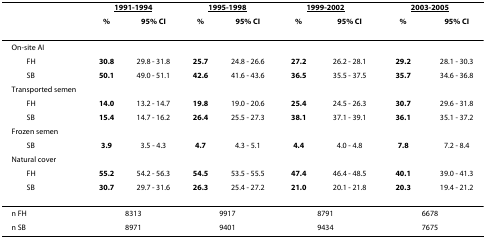
<table><thead><tr><td></td><td colspan="2"><b><underline>1991-1994</underline></b></td><td colspan="2"><b><underline>1995-1998</underline></b></td><td colspan="2"><b><underline>1999-2002</underline></b></td><td colspan="2"><b><underline>2003-2005</underline></b></td></tr><tr><td></td><td><b>%</b></td><td><b>95% CI</b></td><td><b>%</b></td><td><b>95% CI</b></td><td><b>%</b></td><td><b>95% CI</b></td><td><b>%</b></td><td><b>95% CI</b></td></tr></thead><tbody><tr><td>On-site AI</td><td></td><td></td><td></td><td></td><td></td><td></td><td></td><td></td></tr><tr><td> FH</td><td><b>30.8</b></td><td>29.8 - 31.8</td><td><b>25.7</b></td><td>24.8 - 26.6</td><td><b>27.2</b></td><td>26.2 - 28.1</td><td><b>29.2</b></td><td>28.1 - 30.3</td></tr><tr><td> SB</td><td><b>50.1</b></td><td>49.0 - 51.1</td><td><b>42.6</b></td><td>41.6 - 43.6</td><td><b>36.5</b></td><td>35.5 - 37.5</td><td><b>35.7</b></td><td>34.6 - 36.8</td></tr><tr><td>Transported semen</td><td></td><td></td><td></td><td></td><td></td><td></td><td></td><td></td></tr><tr><td> FH</td><td><b>14.0</b></td><td>13.2 - 14.7</td><td><b>19.8</b></td><td>19.0 - 20.6</td><td><b>25.4</b></td><td>24.5 - 26.3</td><td><b>30.7</b></td><td>29.6 - 31.8</td></tr><tr><td> SB</td><td><b>15.4</b></td><td>14.7 - 16.2</td><td><b>26.4</b></td><td>25.5 - 27.3</td><td><b>38.1</b></td><td>37.1 - 39.1</td><td><b>36.1</b></td><td>35.1 - 37.2</td></tr><tr><td>Frozen semen</td><td></td><td></td><td></td><td></td><td></td><td></td><td></td><td></td></tr><tr><td> SB</td><td><b>3.9</b></td><td>3.5 - 4.3</td><td><b>4.7</b></td><td>4.3 - 5.1</td><td><b>4.4</b></td><td>4.0 - 4.8</td><td><b>7.8</b></td><td>7.2 - 8.4</td></tr><tr><td>Natural cover</td><td></td><td></td><td></td><td></td><td></td><td></td><td></td><td></td></tr><tr><td> FH</td><td><b>55.2</b></td><td>54.2 - 56.3</td><td><b>54.5</b></td><td>53.5 - 55.5</td><td><b>47.4</b></td><td>46.4 - 48.5</td><td><b>40.1</b></td><td>39.0 - 41.3</td></tr><tr><td> SB</td><td><b>30.7</b></td><td>29.7 - 31.6</td><td><b>26.3</b></td><td>25.4 - 27.2</td><td><b>21.0</b></td><td>20.1 - 21.8</td><td><b>20.3</b></td><td>19.4 - 21.2</td></tr><tr><td>n FH</td><td colspan="2">8313</td><td colspan="2">9917</td><td colspan="2">8791</td><td colspan="2">6678</td></tr><tr><td>n SB</td><td colspan="2">8971</td><td colspan="2">9401</td><td colspan="2">9434</td><td colspan="2">7675</td></tr></tbody></table>